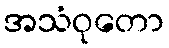
အသံဝုတော